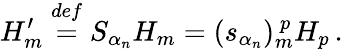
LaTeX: H_{m}^{\prime}\stackrel{def}{=}S_{\alpha_{n}}H_{m}=(s_{\alpha_{n}})_{m}^{~p}H_{p}\, .